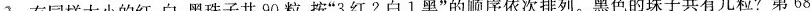
2.有同样大小的红、白、黑珠子共90粒，按”3红2白1黑”的顺序依次排列。黑色的珠子共有几粒?第68